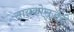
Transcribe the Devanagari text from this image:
सायकोसर्जरी